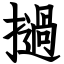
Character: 撾